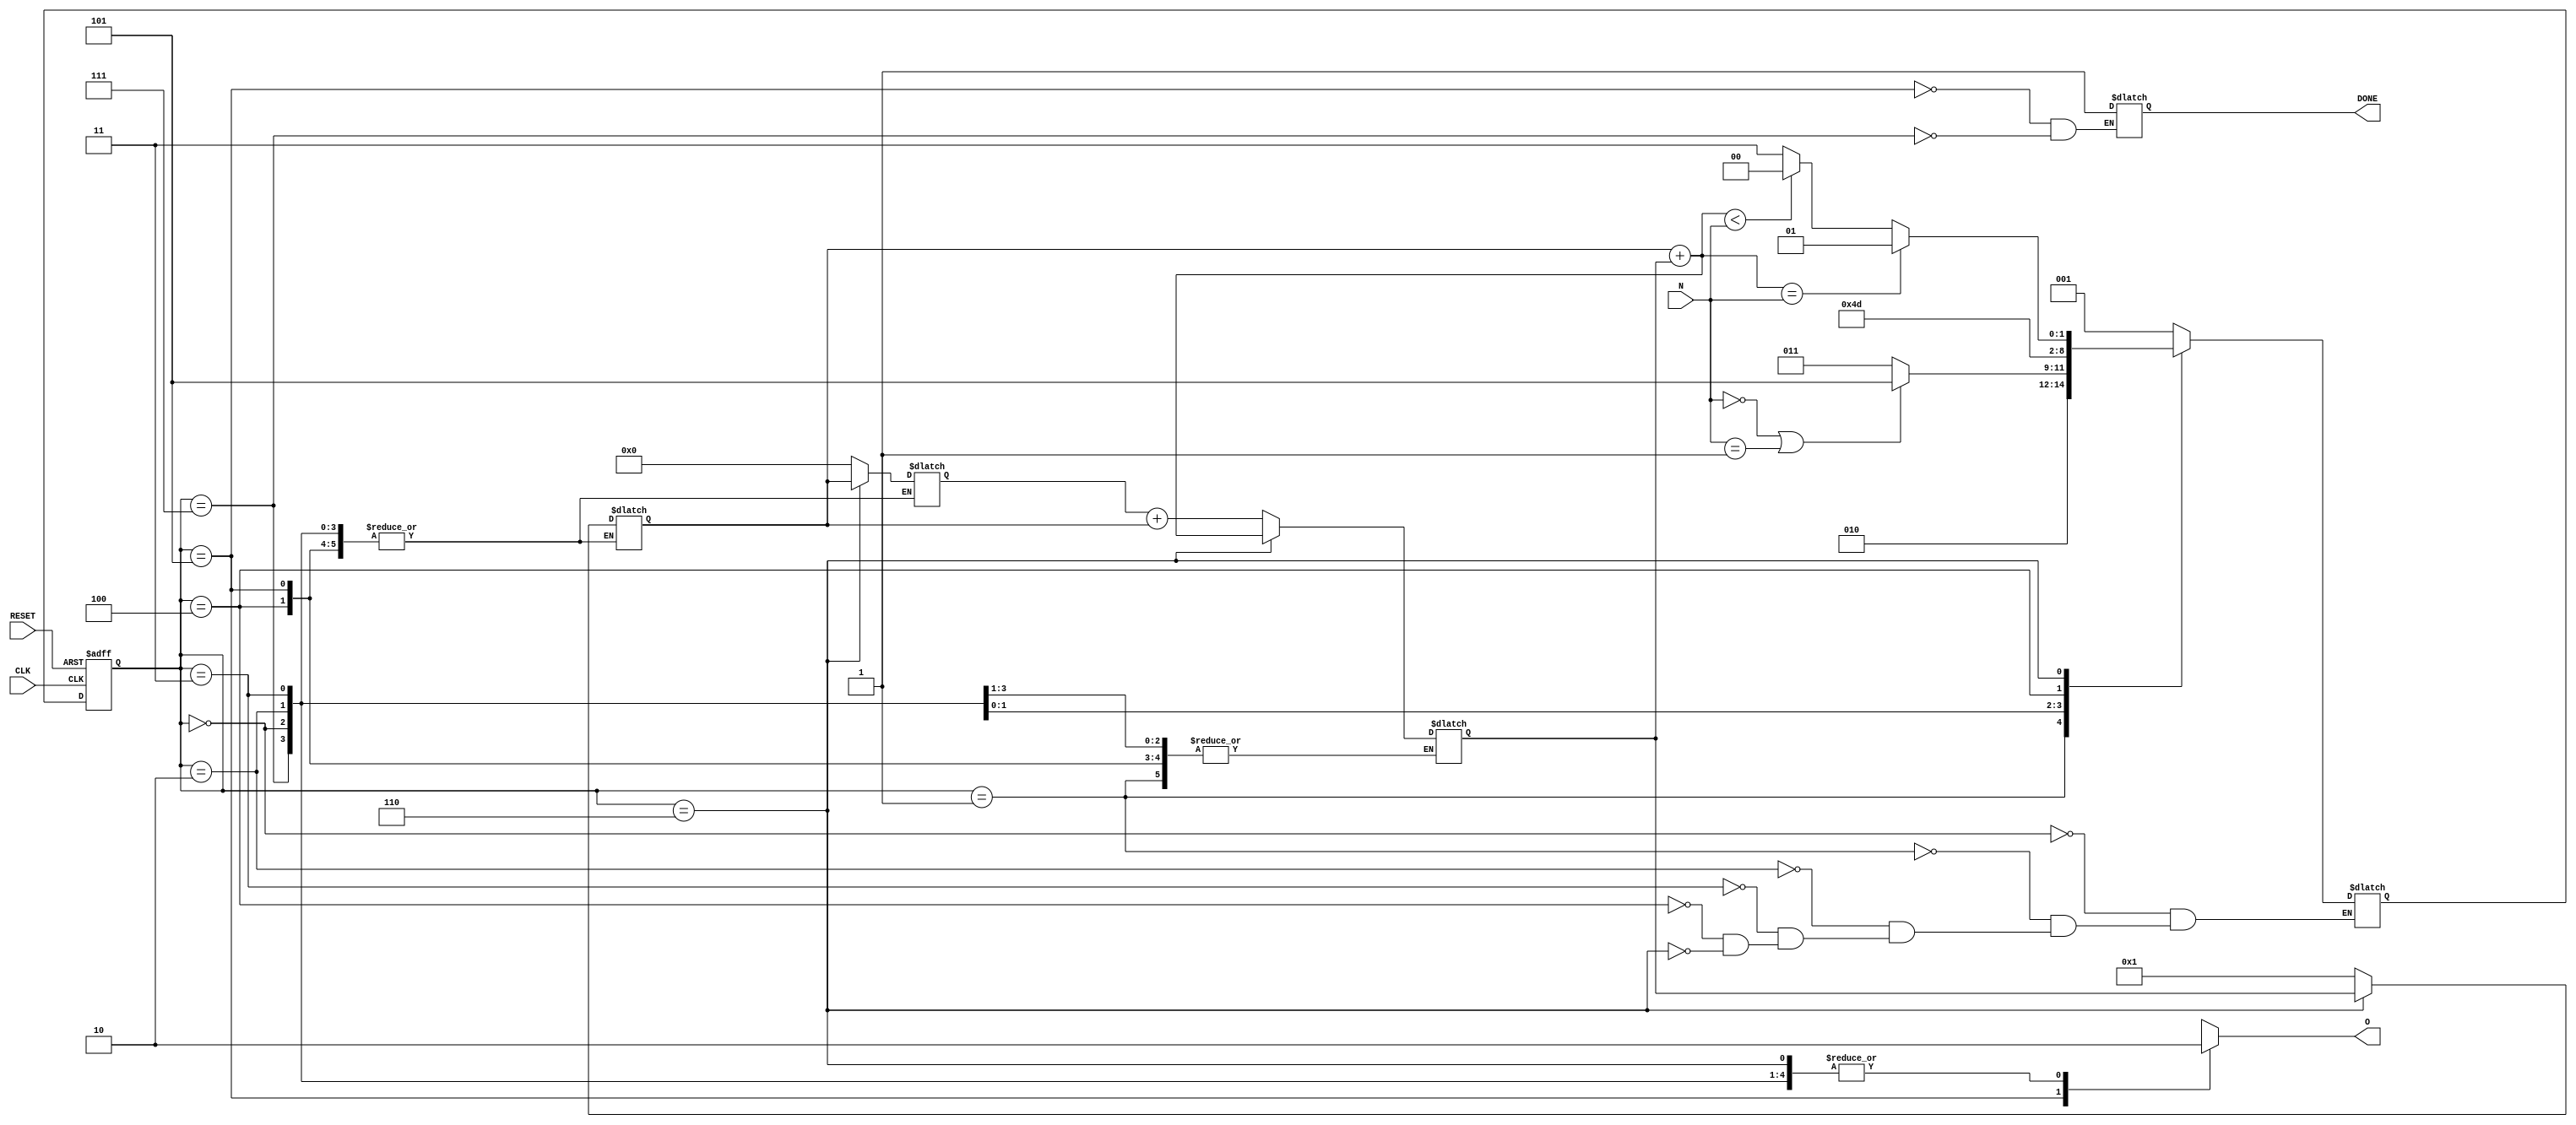
module is_fibonacci(
	input CLK,
	input RESET,
	input [31:0] N,
	output reg O,
	output reg DONE
);

reg [31:0] a;
reg [31:0] b;
reg [31:0] c;

parameter 
	S0=3'b000,
	S1=3'b001,
	S2=3'b010,
	S3=3'b011,
	S4=3'b100,
	S5=3'b101,
	S6=3'b110,
	S7=3'b111;
	
reg [2:0] current_state, next_state;

// sequential memory
always @(posedge CLK, posedge RESET)
begin
	if(RESET==1)
		current_state <= S0;
	else
		current_state <= next_state;
end
		
// combinational logic
always @(current_state, N)
begin
	case(current_state)
	
	S0:begin
		//$display ("S0");
		next_state <= S1;
	end
	
	S1:begin
		//$display ("S1");
		a = 32'b00000000000000000000000000000000;
		b = 32'b00000000000000000000000000000001;
		next_state <= S2;
	end
	
	S2:begin
		//$display ("S2");
		if ( N == 32'b00000000000000000000000000000000 || N == 32'b00000000000000000000000000000001 )		
			next_state <= S5;
		else
			next_state <= S3;
	end
	
	S3:begin
		//$display ("S3");
		c = a + b;
		next_state <= S4;
	end
	
	S4:begin
		//$display ("S4");
		next_state <= S6;
	end
	
	S5:begin
		//$display ("S5");
	end
	
	S6:begin
		//$display ("S6");
		a = b;
		b = c;
		c = a + b;
		if( c == N )
			next_state <= S5;
		else if ( c < N)
			next_state <= S4;
		else
			next_state <= S7;
		
	end
	
	S7:begin
		//$display ("S7");
	end
	
	default:	next_state <= S0;
	endcase
end

// combinational logic to determine the output
always @(current_state)
begin 
	case(current_state)
	S0: O <= 0;
	S1: O <= 0;
	S2: O <= 0;
	S3: O <= 0;
	S4: O <= 0;
	S5:begin 
		O <= 1;
		DONE <= 1;
	end
	S6: O <= 0; 
	S7:begin
		O <= 0;
		DONE <= 1;
	end
	endcase
end
endmodule